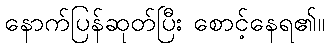
နောက်ပြန်ဆုတ်ပြီး စောင့်နေရ၏။